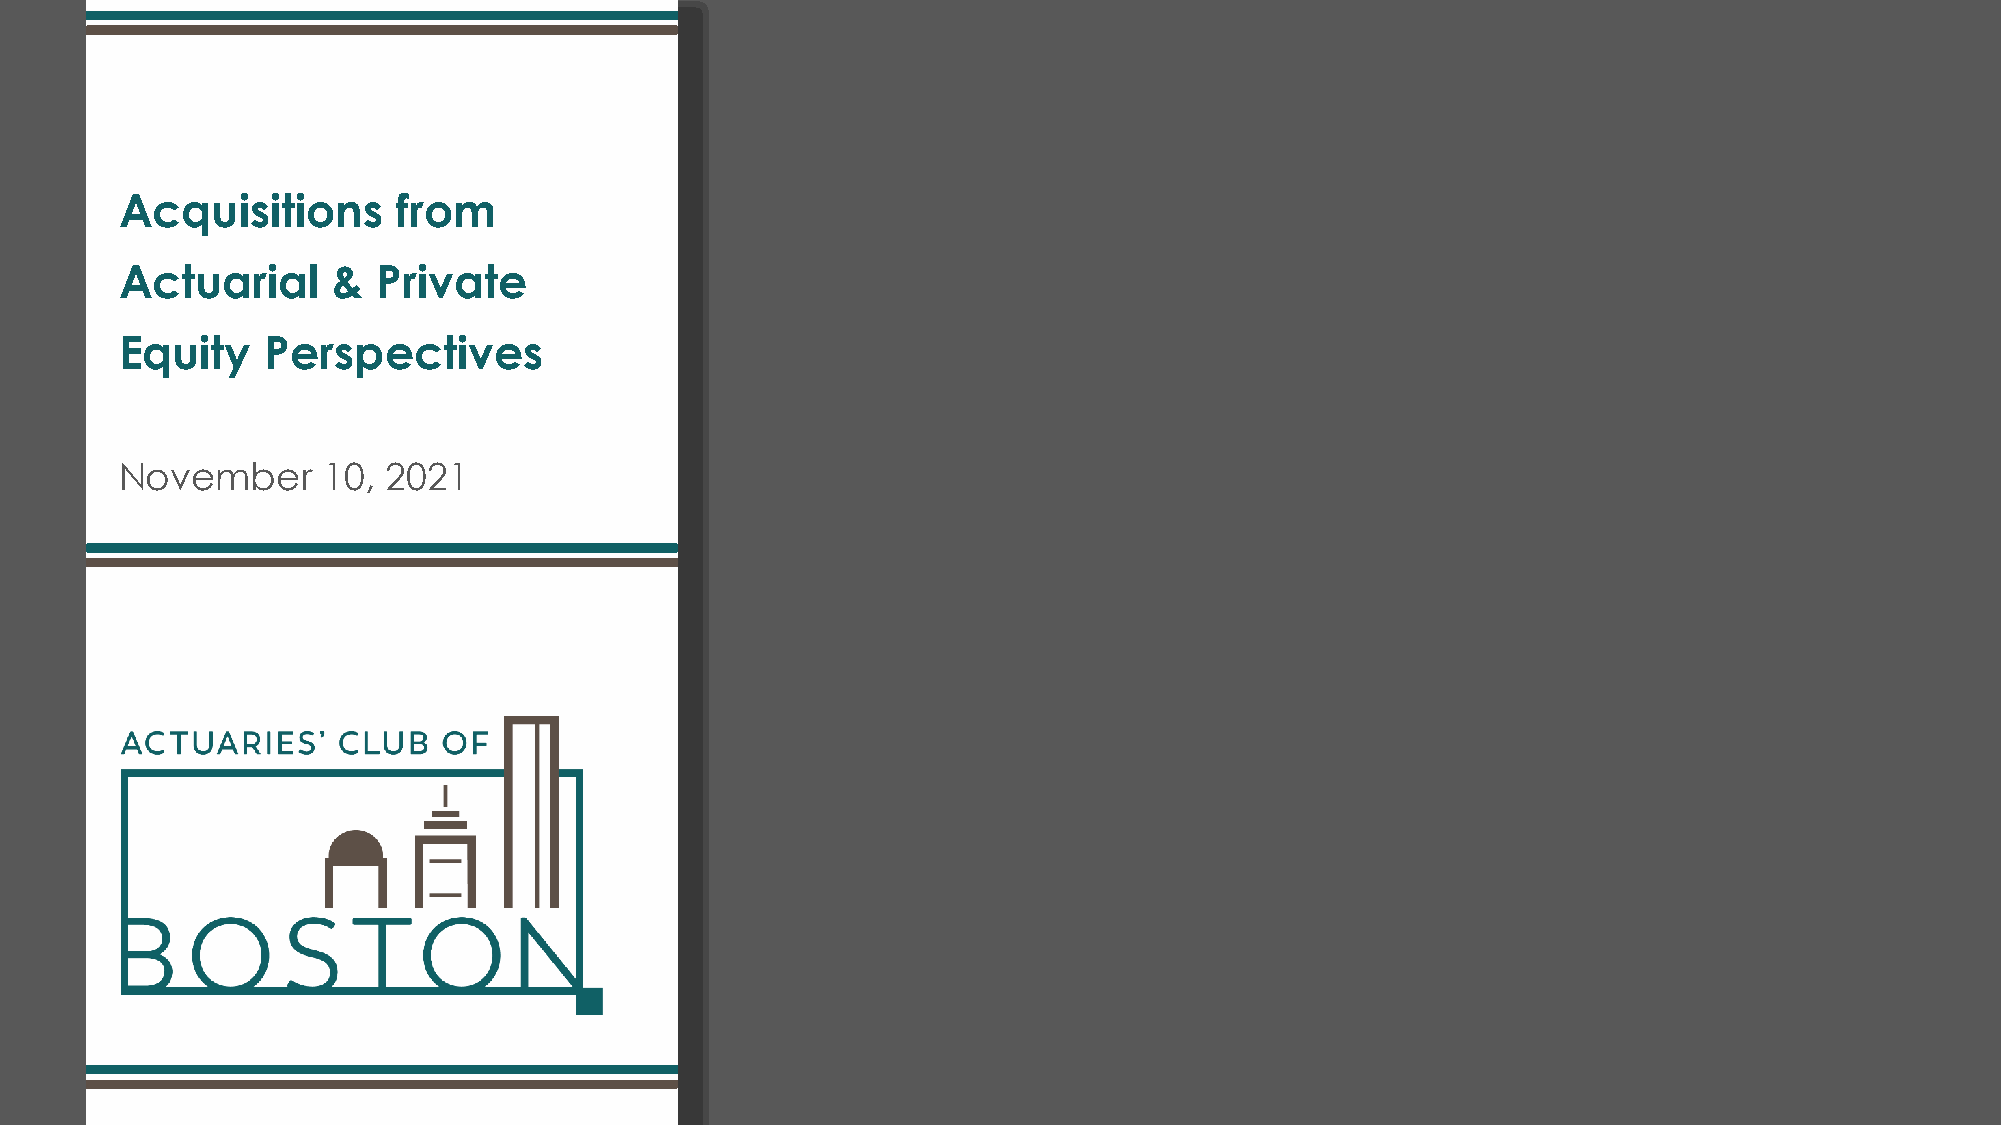
Acquisitions      from
 Actuarial     &  Private
 Equity   Perspectives
 November     10,  2021